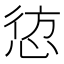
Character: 𭝁